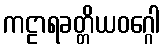
ကဠာရခတ္တိယဝဂ္ဂေါ